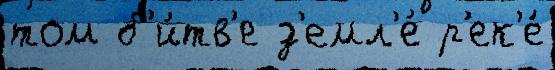
том б'и́тв'е з'емл'е́ р'ек'е́